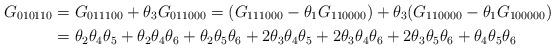
LaTeX: \begin{align*}G_{010110} &= G_{011100} + \theta_3 G_{011000} = (G_{111000} - \theta_1 G_{110000})+ \theta_3(G_{110000} - \theta_1 G_{100000})\\&= \theta_2 \theta_4 \theta_5 + \theta_2 \theta_4 \theta_6 + \theta_2 \theta_5 \theta_6+ 2 \theta_3 \theta_4 \theta_5 + 2 \theta_3 \theta_4 \theta_6 + 2 \theta_3 \theta_5 \theta_6+ \theta_4 \theta_5 \theta_6\end{align*}